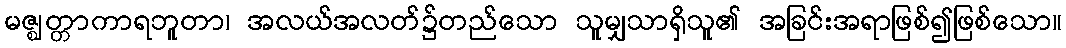
မဇ္ဈတ္တာကာရဘူတာ၊ အလယ်အလတ်၌တည်သော သူမျှသာရှိသူ၏ အခြင်းအရာဖြစ်၍ဖြစ်သော။